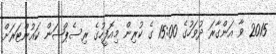
2015 ވާ އަންގާރަ ދުވަހުގެ 15:00 ގެ ކުރިން މިއޮފީހުގެ ރިސެޕްޝަން ކައުންޓަރަށް